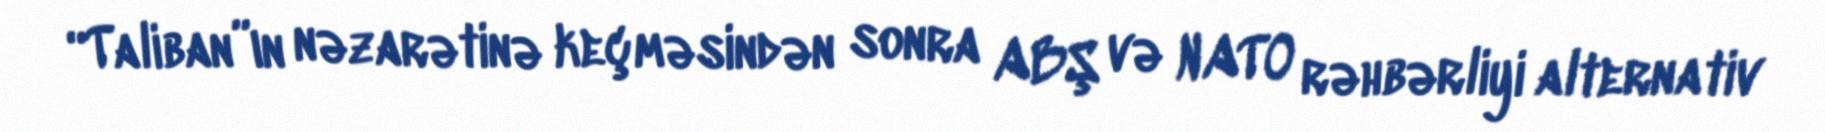
“Taliban”ın nəzarətinə keçməsindən sonra ABŞ və NATO rəhbərliyi alternativ